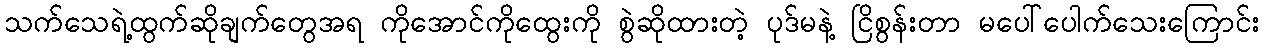
သက်သေရဲ့ထွက်ဆိုချက်တွေအရ ကိုအောင်ကိုထွေးကို စွဲဆိုထားတဲ့ ပုဒ်မနဲ့ ငြိစွန်းတာ မပေါ်ပေါက်သေးကြောင်း